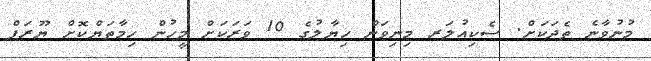
މުނުވާނެ ތެދަކަށް. ސެކިއުލަރ މިނިވަން ހިޔާލުގެ 10 ވަރަކަށް މީހުން ހިމާތަޔްކޮށް ޔޫރަޕް